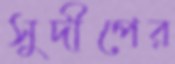
সুদীপের